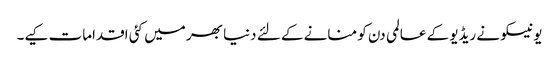
یونیسکو نے ریڈیو کے عالمی دن کو منانے کے لئے دنیا بھر میں کئی اقدامات کیے۔